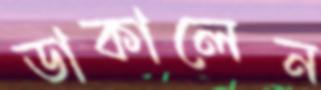
ডাকালেন